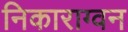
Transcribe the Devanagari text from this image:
निकाराग्वन